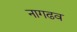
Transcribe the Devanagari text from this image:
नागढव